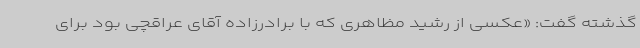
گذشته گفت: «عکسی از رشید مظاهری که با برادرزاده آقای عراقچی بود برای